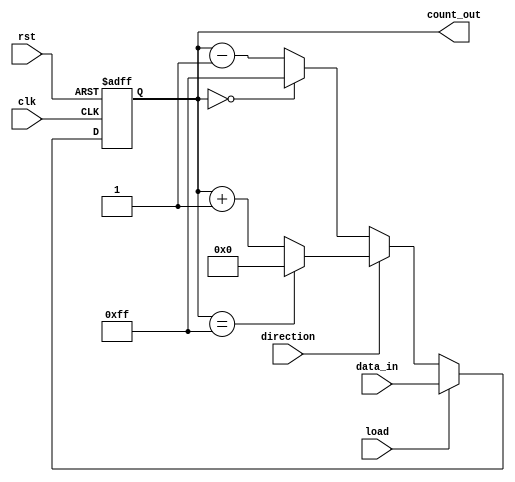
module loadable_counter #(
    parameter N = 8 // Parameter for bit width of the counter
) (
    input wire clk,          // Clock input
    input wire rst,          // Asynchronous reset
    input wire load,         // Load control signal
    input wire direction,     // Direction control (1 for up, 0 for down)
    input wire [N-1:0] data_in, // Data input for loading preset value
    output reg [N-1:0] count_out // Current count output
);

    // Define maximum and minimum values based on N bits
    localparam MAX_COUNT = (1 << N) - 1; // Maximum value for N bits
    localparam MIN_COUNT = 0; // Minimum value for counter

    // Asynchronous reset
    always @(posedge clk or posedge rst) begin
        if (rst) begin
            count_out <= MIN_COUNT; // Reset to zero
        end else if (load) begin
            count_out <= data_in; // Load the preset value
        end else begin
            // Counting logic
            if (direction) begin
                // Counting up
                if (count_out == MAX_COUNT) begin
                    count_out <= MIN_COUNT; // Wrap around to zero
                end else begin
                    count_out <= count_out + 1; // Increment
                end
            end else begin
                // Counting down
                if (count_out == MIN_COUNT) begin
                    count_out <= MAX_COUNT; // Wrap around to maximum
                end else begin
                    count_out <= count_out - 1; // Decrement
                end
            end
        end
    end

endmodule